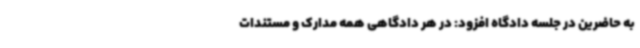
به حاضرین در جلسه دادگاه افزود: در هر دادگاهی همه مدارک و مستندات